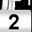
Digit: 2